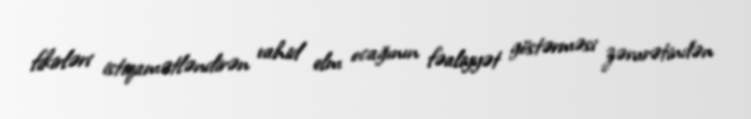
fikirləri istiqamətləndirən vahid elm ocağının fəaliyyət göstərməsi zərurətindən